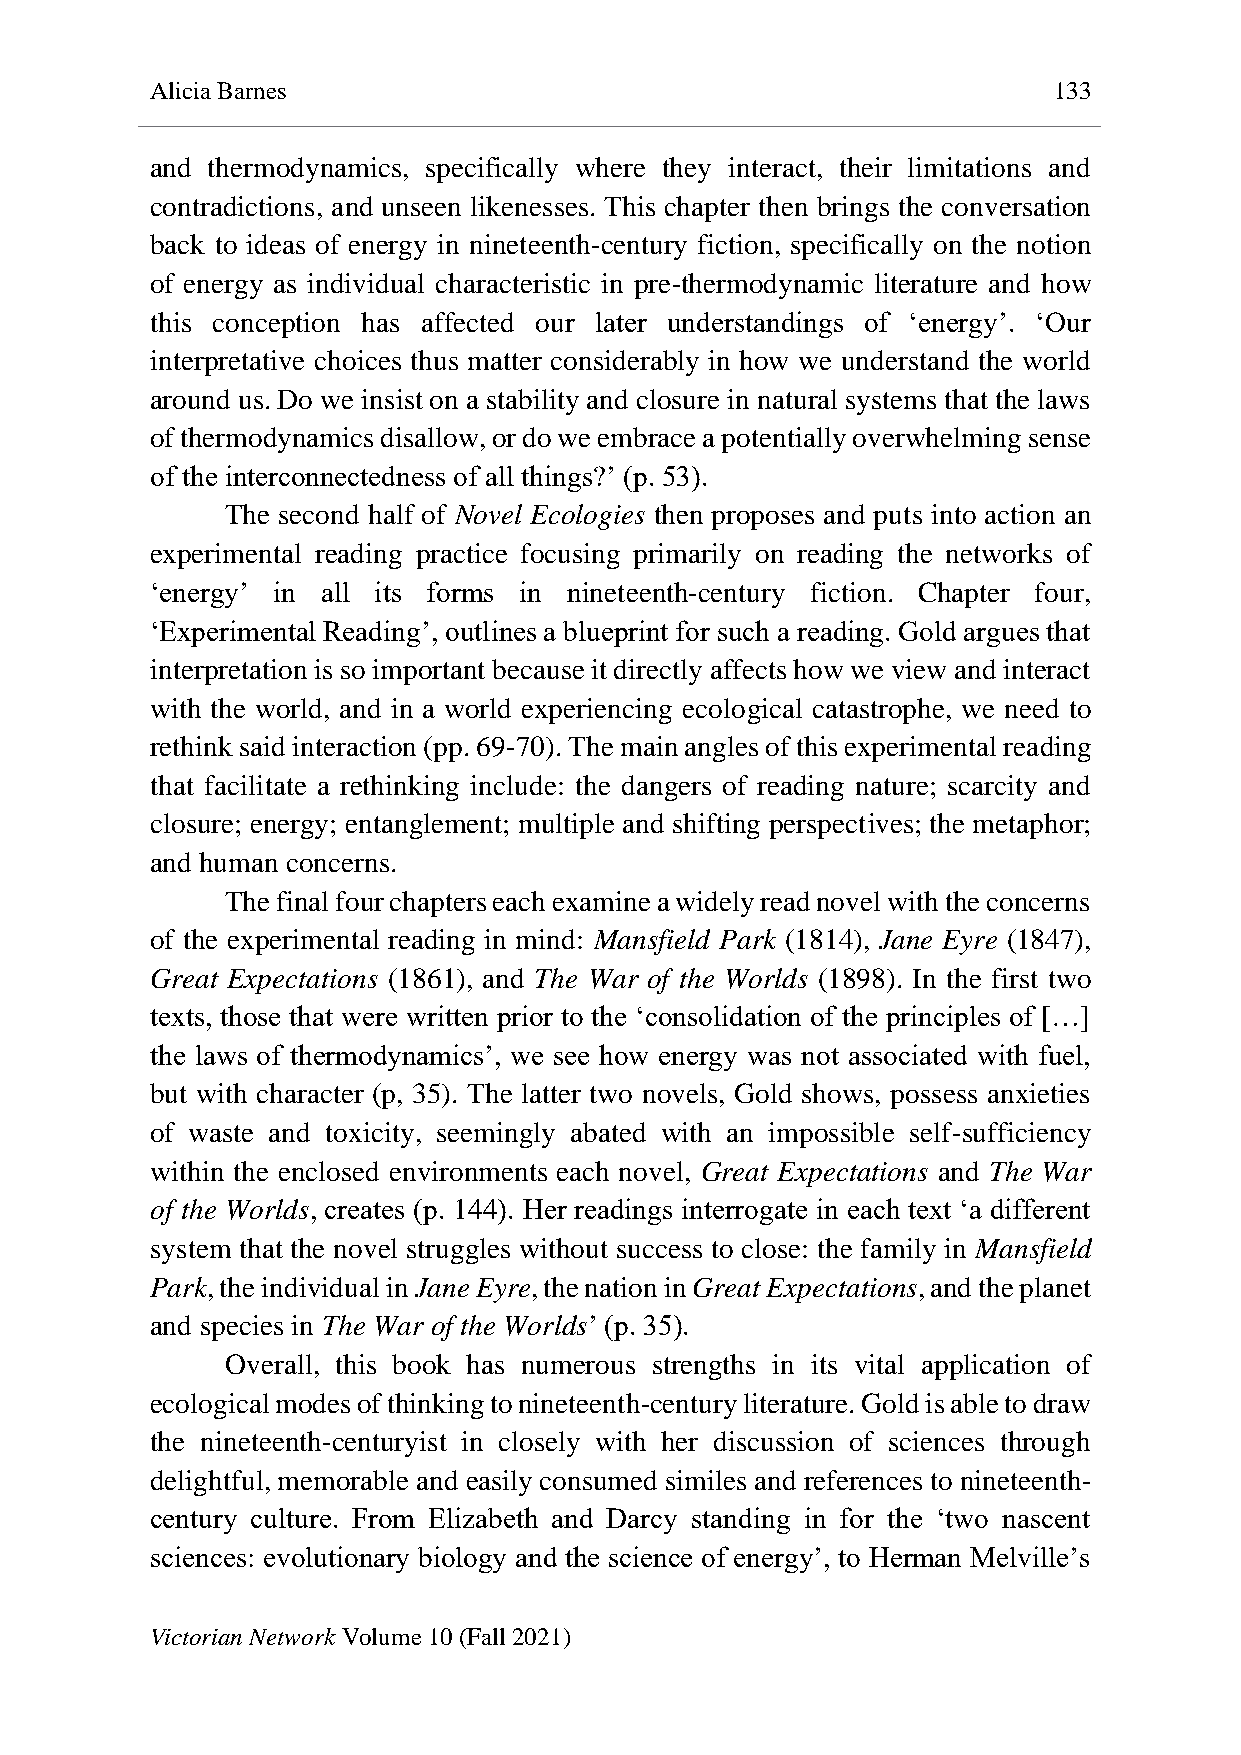
Alicia Barnes                                               133
 and thermodynamics, specifically where they interact, their limitations and
 contradictions, and unseen likenesses. This chapter then brings the conversation
 back to ideas of energy in nineteenth-century fiction, specifically on the notion
 of energy as individual characteristic in pre-thermodynamic literature and how
 this conception has affected our later understandings of ‘energy’. ‘Our
 interpretative choices thus matter considerably in how we understand the world
 around us. Do we insist on a stability and closure in natural systems that the laws
 of thermodynamics disallow, or do we embrace a potentially overwhelming sense
 of the interconnectedness of all things?’ (p. 53).
 The second half of Novel Ecologies then proposes and puts into action an
 experimental reading practice focusing primarily on reading the networks of
 ‘energy’ in all its forms in nineteenth-century fiction. Chapter four,
 ‘Experimental Reading’, outlines a blueprint for such a reading. Gold argues that
 interpretation is so important because it directly affects how we view and interact
 with the world, and in a world experiencing ecological catastrophe, we need to
 rethink said interaction (pp. 69-70). The main angles of this experimental reading
 that facilitate a rethinking include: the dangers of reading nature; scarcity and
 closure; energy; entanglement; multiple and shifting perspectives; the metaphor;
 and human concerns.
 The final four chapters each examine a widely read novel with the concerns
 of the experimental reading in mind: Mansfield Park (1814), Jane Eyre (1847),
 Great Expectations (1861), and The War of the Worlds (1898). In the first two
 texts, those that were written prior to the ‘consolidation of the principles of […]
 the laws of thermodynamics’, we see how energy was not associated with fuel,
 but with character (p, 35). The latter two novels, Gold shows, possess anxieties
 of waste and toxicity, seemingly abated with an impossible self-sufficiency
 within the enclosed environments each novel, Great Expectations and The War
 of the Worlds, creates (p. 144). Her readings interrogate in each text ‘a different
 system that the novel struggles without success to close: the family in Mansfield
 Park, the individual in Jane Eyre, the nation in Great Expectations, and the planet
 and species in The War of the Worlds’ (p. 35).
 Overall, this book has numerous strengths in its vital application of
 ecological modes of thinking to nineteenth-century literature. Gold is able to draw
 the nineteenth-centuryist in closely with her discussion of sciences through
 delightful, memorable and easily consumed similes and references to nineteenth-
 century culture. From Elizabeth and Darcy standing in for the ‘two nascent
 sciences: evolutionary biology and the science of energy’, to Herman Melville’s
 Victorian Network Volume 10 (Fall 2021)